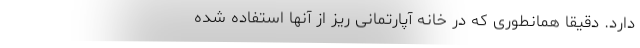
دارد. دقیقا همانطوری که در خانه آپارتمانی ریز از آنها استفاده شده